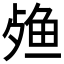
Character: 𬆙